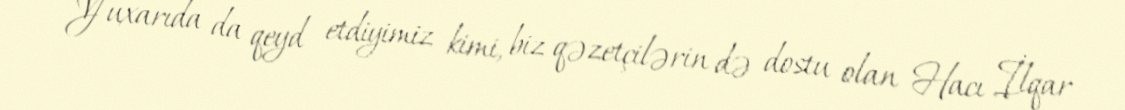
Yuxarıda da qeyd etdiyimiz kimi, biz qəzetçilərin də dostu olan Hacı İlqar